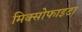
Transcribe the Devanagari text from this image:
मिक्सोफाइटा